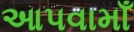
આપવામાઁ